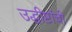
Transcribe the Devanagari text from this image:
उद्धीष्टांची